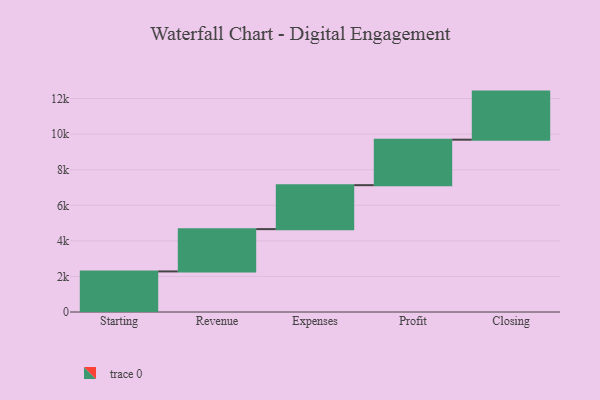
{"axis": {"x": "Step", "y": "Value"}, "legend": [""], "data": [{"x": "Starting", "y": 2282.0, "type": ""}, {"x": "Revenue", "y": 2378.0, "type": ""}, {"x": "Expenses", "y": 2472.0, "type": ""}, {"x": "Profit", "y": 2558.0, "type": ""}, {"x": "Closing", "y": 2704.0, "type": ""}]}